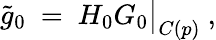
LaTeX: \widetilde g_{0}\ =\ H_{0}G_{0}\big\vert_{C(p)}\ ,